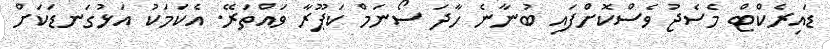
ޑައިރެކްޓް މެސެޖު ވެސްކޮށްފައި ބުނާނެ ހާދަ ސޯނަމް ކަޕޫރާ ވައްތަރޭ. އެކަމަކު އަޅުގަނޑަކަށް